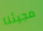
مجيئنا